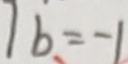
b = - 1